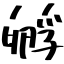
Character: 孵